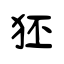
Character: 狉